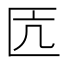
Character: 匟